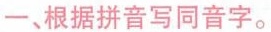
一、根据拼音写同音字。